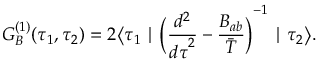
G _ { B } ^ { ( 1 ) } ( \tau _ { 1 } , \tau _ { 2 } ) = 2 \bigl \langle \tau _ { 1 } \mid { \Bigl ( { \frac { d ^ { 2 } } { { d \tau } ^ { 2 } } } - { \frac { B _ { a b } } { \bar { T } } } \Bigl ) } ^ { - 1 } \mid \tau _ { 2 } \bigr \rangle .